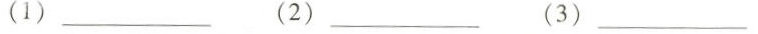
(1)___(2)___(3)___